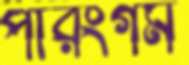
পারংগম